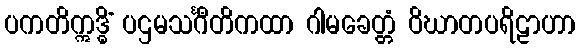
ပကတိဣဒ္ဓိံ ပဌမသင်္ဂီတိကထာ ဂါမခေတ္တံ ဝိဃာတပရိဠာဟာ